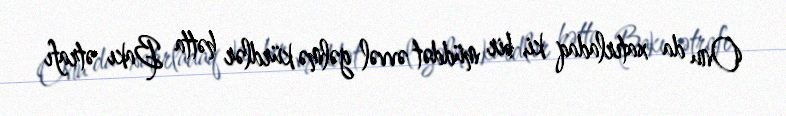
Onu da xatırladaq ki, bir müddət əvvəl gəlmə kürdlər hətta Bakı ətrafı